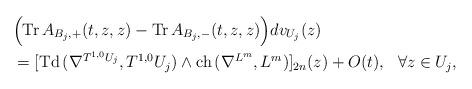
LaTeX: \begin{align*} &\Bigr(\mathrm{Tr\,}A_{B_j,+}(t,z,z)-\mathrm{Tr\,}A_{B_j,-}(t,z,z)\Bigr)dv_{U_j}(z) \\&=[\mathrm{Td\,}(\nabla^{T^{1,0}U_j},T^{1,0}U_j)\wedge\mathrm{ch\,}(\nabla^{L^m},L^m)]_{2n}(z)+O(t),\ \ \forall z\in U_j,\end{align*}